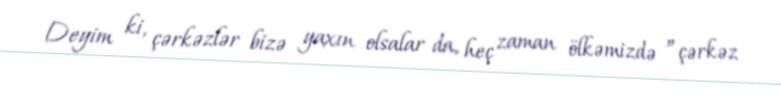
Deyim ki, çərkəzlər bizə yaxın olsalar da, heç zaman ölkəmizdə ”çərkəz